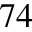
^ { 7 4 }